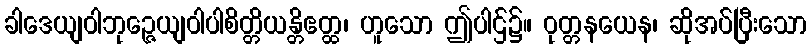
ခါဒေယျဝါဘုဉ္ဇေယျဝါပါစိတ္တိယန္တိဧတ္ထ၊ ဟူသော ဤပါဌ်၌။ ဝုတ္တနယေန၊ ဆိုအပ်ပြီးသော